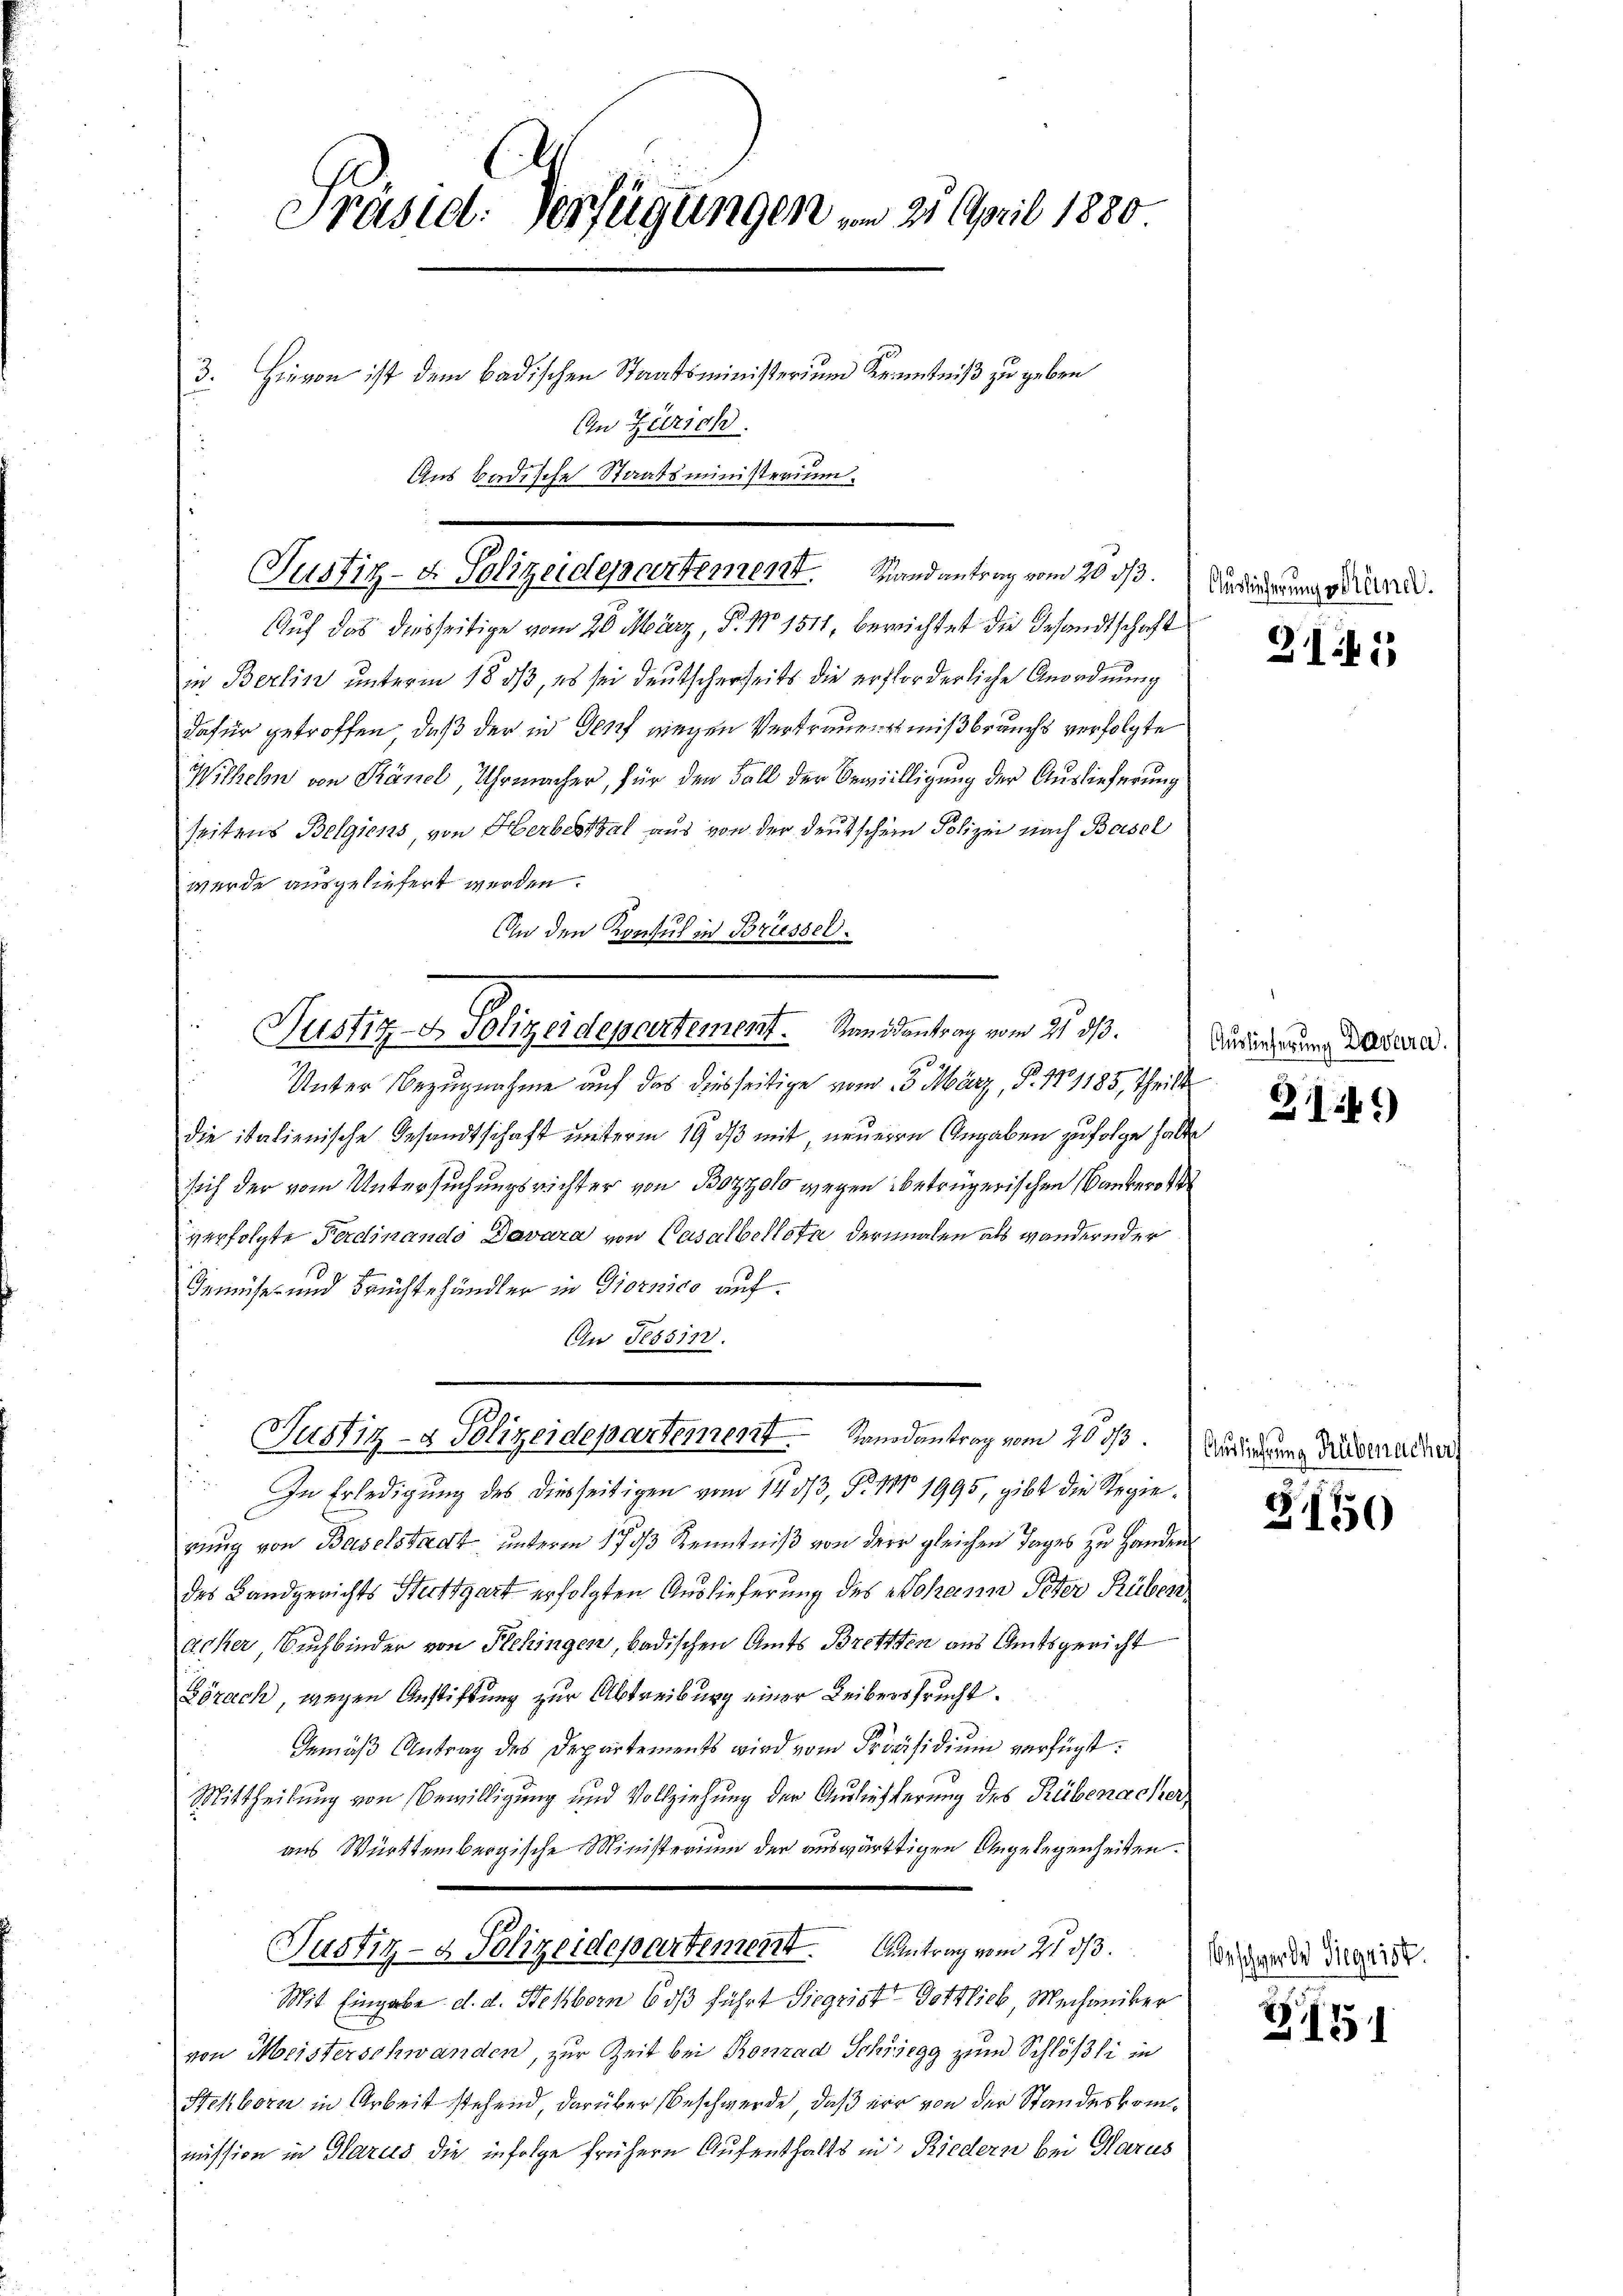
Präsid. Verfügungen vom 21. April 1880
3. Hievon ist dem badischen Staatsministerium Kenntniß zu geben
An Zürich.
Aus Badische Staatsministerium.

Justiz- & Polizeidepartement Randantrag vom 20. d.

Auf das diesseitige vom 26. März, P. No 1511, berichtet die Gesandtschaft
in Berlin unterm 18. ds, es sei deutscherheits die erforderliche Anordnung
dafür getroffen, daß der in Genf wegen Vertrauen mißbrauchs verfolgte
Witheln von Känel, Uhrmacher, für den Fall der Bewilligung der Auslieferung
seitens Belgiens, von Herbestal aus von der deutschen Polizei nach Basel
wurde ausgeliefert werden.
An den Konsul in Brüssel.
Justiz- & Polizeidepartement. Standsantrag vom 21. ds.
Unter Bezugnahme auf das diesseitige vom 13. März, P. Nr. 1185, theilte
die italienische Gesandtschaft unterm 19. ds mit neuerre Angaben zufolge halte
sich der vom Untersuchungsrichter von Bozzolo wegen betrügerischen Bankerot
verfolgte Ferdinando Davara von Casalbellota dermalen als wandernder
Gemüse- und Früchtehändler in Giornico auf¬
An Ne55113.

Justiz- & Polizeidepartenten Randantrag vom 20 d

In Erledigung des diesseitigen vom 14. 313, Nr. 18 1995, gibt die Regierung von Baselstadt unterm 17 1/3 Kenntniß von der gleichen Tages zu Hander
des Landgerichts Stettgart erfolgten Auslieferung des Johann Peter Rüber
acher Buchbinder von Schingen, badischen Amts Bretzten aus Amtsgericht
Görach, wegen Anstiftung zur Abtreibung einer Leibersprucht.
Gemäß Antrag des Departements wird vom Präsidium verfügt:
Mittheilung von Bewilligung und Vollziehung der Auslieferung des Rübenacher,
aus Württembergische Ministerium der auswärtigen Angelegenheiten.
Justiz- & Polizeidepartement. Antrag vom 21. 313.
Mit Eingabe d. d. Selborn biß führt Siegrist Gottlich, Mechaniker
von Meisterschwanden, zur Zeit bei Konrad Schregg zum Schlößli in
Stehborn in Arbeit stehend, darüber Beschwerde, daß er von der Standeskommission in Glarus die infolge frühern Aufenthalts in Riedern bei Harus

Auslieferung seine

2141

Auslieferung Drevura.

214)

Auslieferung Rübenacher

3150

Beschwerde Siegaist.

1551